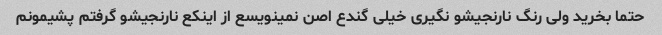
حتما بخرید ولی رنگ نارنجیشو نگیری خیلی گندع اصن نمینویسع از اینکع نارنجیشو گرفتم پشیمونم